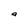
Character: a